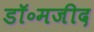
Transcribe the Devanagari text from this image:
डॉ॰मजीद